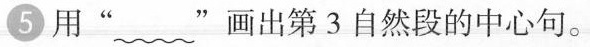
5用”~”画出第3自然段的中心句。